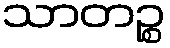
သာတဉ္စ